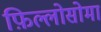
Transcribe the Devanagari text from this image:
फ़िल्लोसोमा